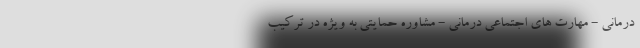
درمانی - مهارت های اجتماعی درمانی - مشاوره حمایتی به ویژه در ترکیب